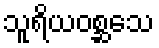
သူရိယဝစ္ဆသေ